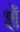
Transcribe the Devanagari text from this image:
शॅ